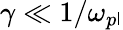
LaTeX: \gamma\ll1/\omega_{p\mathsf{l}}